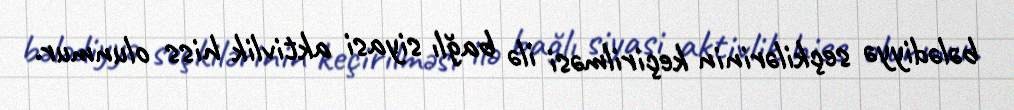
bələdiyyə seçkilərinin keçirilməsi ilə bağlı siyasi aktivlik hiss olunmur.